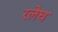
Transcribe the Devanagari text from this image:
रलेघ